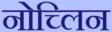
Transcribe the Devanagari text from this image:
नोच्लिन